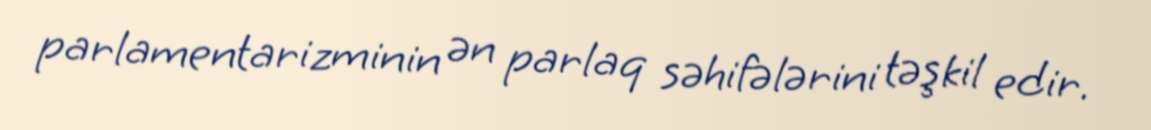
parlamentarizminin ən parlaq səhifələrini təşkil edir.